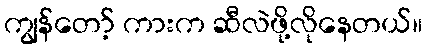
ကျွန်တော့် ကားက ဆီလဲဖို့လိုနေတယ်။